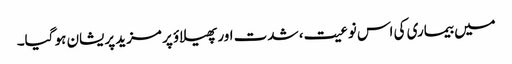
میں بیماری کی اس نوعیت، شدت اور پھیلاؤ پر مزید پریشان ہو گیا۔